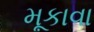
મૂકાવા